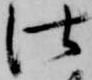
仕